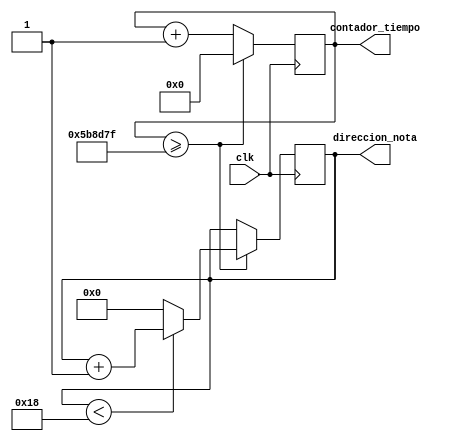
module Controlador(
    input clk, 
    output reg [4:0] direccion_nota,
    output reg [23:0] contador_tiempo 
);


parameter tiempo_por_nota = 6000000; // 60MHz, as cada nota dura medio segundo


initial begin
    contador_tiempo = 0;
    direccion_nota = 0;
end


always @(posedge clk) begin
    if (contador_tiempo >= tiempo_por_nota - 1) begin
        if (direccion_nota < 24) begin
            direccion_nota <= direccion_nota + 1;
        end else begin
            direccion_nota <= 0;
        end
        contador_tiempo <= 0;
    end else begin
        contador_tiempo <= contador_tiempo + 1;
    end
end

endmodule